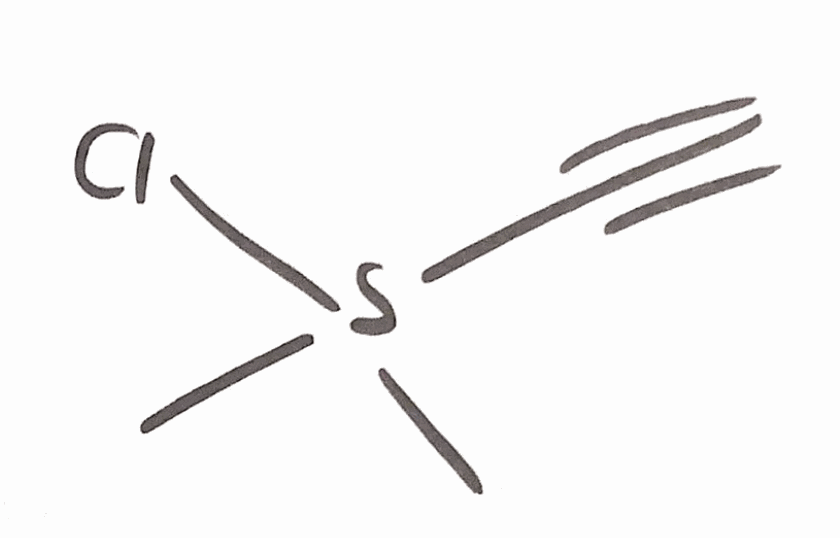
Simplified molecular-input line-entry system (SMILES) notation of the given molecule:
CS(C)(C#C)Cl